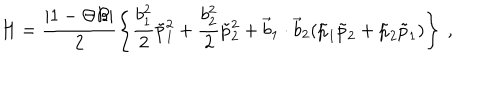
H = \frac { | 1 - \Theta { \cal B } | } { 2 } \left\{ \frac { b _ { 1 } ^ { 2 } } { 2 } \tilde { p } _ { 1 } ^ { 2 } + \frac { b _ { 2 } ^ { 2 } } { 2 } \tilde { p } _ { 2 } ^ { 2 } + { \vec { b } } _ { 1 } \cdot { \vec { b } } _ { 2 } ( \tilde { p } _ { 1 } \tilde { p } _ { 2 } + \tilde { p } _ { 2 } \tilde { p } _ { 1 } ) \right\} ~ ,